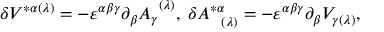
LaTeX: \delta V ^ { * \alpha ( \lambda ) } = - \varepsilon ^ { \alpha \beta \gamma } \partial _ { \beta } A _ { \gamma } ^ { \; \; ( \lambda ) } , \; \delta A _ { \; \; \; ( \lambda ) } ^ { * \alpha } = - \varepsilon ^ { \alpha \beta \gamma } \partial _ { \beta } V _ { \gamma ( \lambda ) } ,